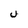
Character: U